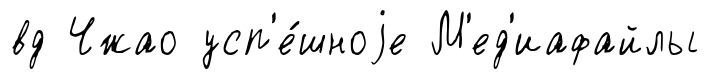
вд Чжао усп'е́шноjе М'ед'иафайлы